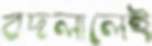
বদলালেই